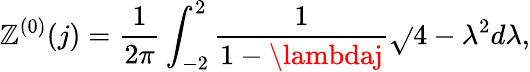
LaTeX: \mathbb{Z}^{(0)}(j)=\frac{{1}}{{2\pi}}\int_{-2}^{2}\frac{{1}}{{1-\lambdaj}}\sqrt{}{{4-\lambda^{2}}}d\lambda,